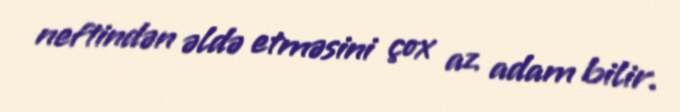
neftindən əldə etməsini çox az adam bilir.